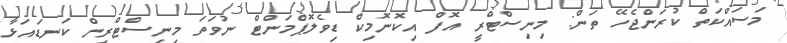
މަސައްކަތް ކުރަންޖެހޭ ތަން: މިނިސްޓްރީ އޮފް އިކޮނޮމިކް ޑިވެލޮޕްމަންޓް ނުވަތަ މިނިސްޓްރީން ކަނޑައަޅާ